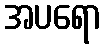
အပရော